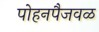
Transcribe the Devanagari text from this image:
पोहनपैजवळ